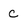
Character: C